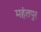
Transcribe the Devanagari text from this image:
महंतपुर